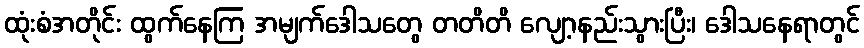
ထုံးစံအတိုင်း ထွက်နေကြ အမျက်ဒေါသတွေ တတိတိ လျော့နည်းသွားပြီး၊ ဒေါသနေရာတွင်